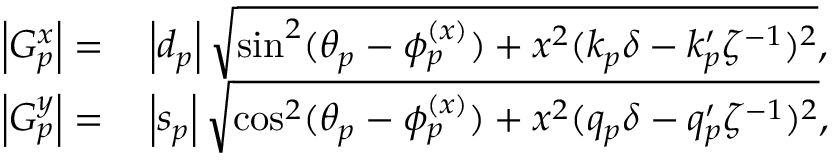
\begin{array} { r l } { \left| G _ { p } ^ { x } \right| = } & { { } \left| d _ { p } \right| \sqrt { \sin ^ { 2 } ( \theta _ { p } - \phi _ { p } ^ { ( x ) } ) + x ^ { 2 } ( k _ { p } \delta - k _ { p } ^ { \prime } \zeta ^ { - 1 } ) ^ { 2 } } , } \\ { \left| G _ { p } ^ { y } \right| = } & { { } \left| s _ { p } \right| \sqrt { \cos ^ { 2 } ( \theta _ { p } - \phi _ { p } ^ { ( x ) } ) + x ^ { 2 } ( q _ { p } \delta - q _ { p } ^ { \prime } \zeta ^ { - 1 } ) ^ { 2 } } , } \end{array}